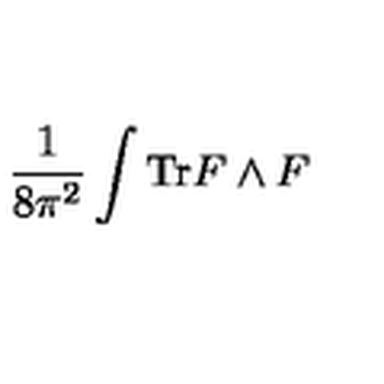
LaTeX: \frac { 1 } { 8 \pi ^ { 2 } } \int \mathrm { T r } F \wedge F